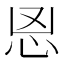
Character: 𰑉